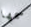
سمها